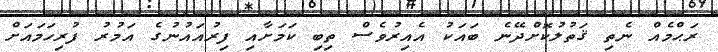
ރަޙްމެއް ނެތި ޤަތުލުކޮށްދޭނެ ބައަކު އެއިރުވެސް ތިބި ކަމަށާއި ފިރުއައުނުގެ އަމުރު ފުރިހަމައަށް